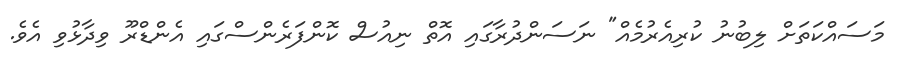
މަސައްކަތަށް ލިބުނު ކުރިއެރުމެއް" ނަސަންދުރާގައި އޮތް ނިއުސް ކޮންފަރެންސްގައި އެންޑްރޫ ވިދާޅުވި އެވެ.